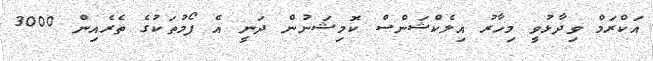
އަކްރަމް ވިދާޅުވީ މިހާރު އިލެކްޝަންސް ކޮމިޝަނުން ދަނީ އެ ފޯމުތަކުގެ ތެރެއިން 3000